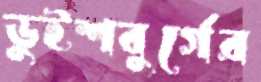
ডুইশবুর্গের